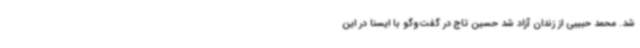
شد. محمد حبیبی از زندان آزاد شد حسین تاج در گفت‌وگو با ایسنا در این